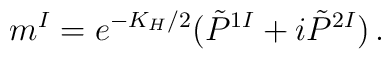
m^I=e^{-K_H/2}(\tilde P^{1I}+i\tilde P^{2I})\, .